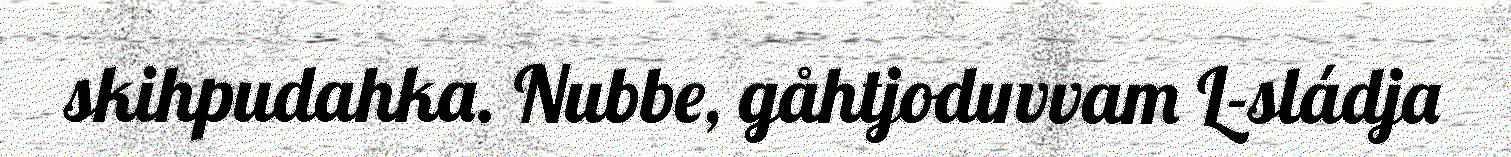
skihpudahka. Nubbe, gåhtjoduvvam L-sládja